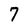
Character: 7